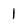
Character: 1